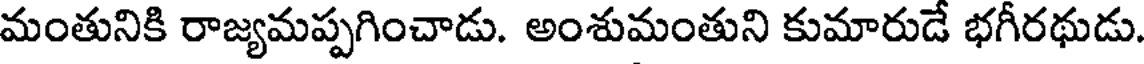
మంతునికి రాజ్యమప్పగించాడు. అంశుమంతుని కుమారుడే భగీరథుడు.